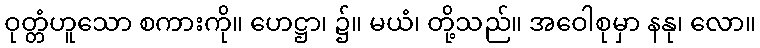
ဝုတ္တံဟူသော စကားကို။ ဟေဋ္ဌာ၊ ၌။ မယံ၊ တို့သည်။ အဝေါစုမှာ နနု၊ လော။